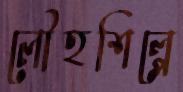
লৌহশিল্পে